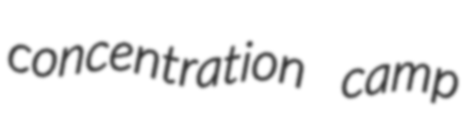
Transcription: concentration camp